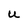
Character: U